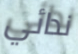
ندائي